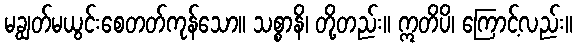
မချွတ်မယွင်းစေတတ်ကုန်သော။ သစ္စာနိ၊ တို့တည်း။ ဣတိပိ၊ ကြောင့်လည်း။